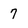
Character: 7